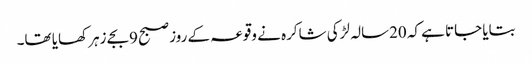
بتایا جاتا ہے کہ 20سالہ لڑکی شاکرہ نے وقوعہ کے روز صبح 9بجے زہر کھایا تھا۔